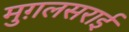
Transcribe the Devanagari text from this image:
मुग़लसराई